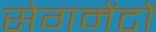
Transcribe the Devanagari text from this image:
सेगमेंटों